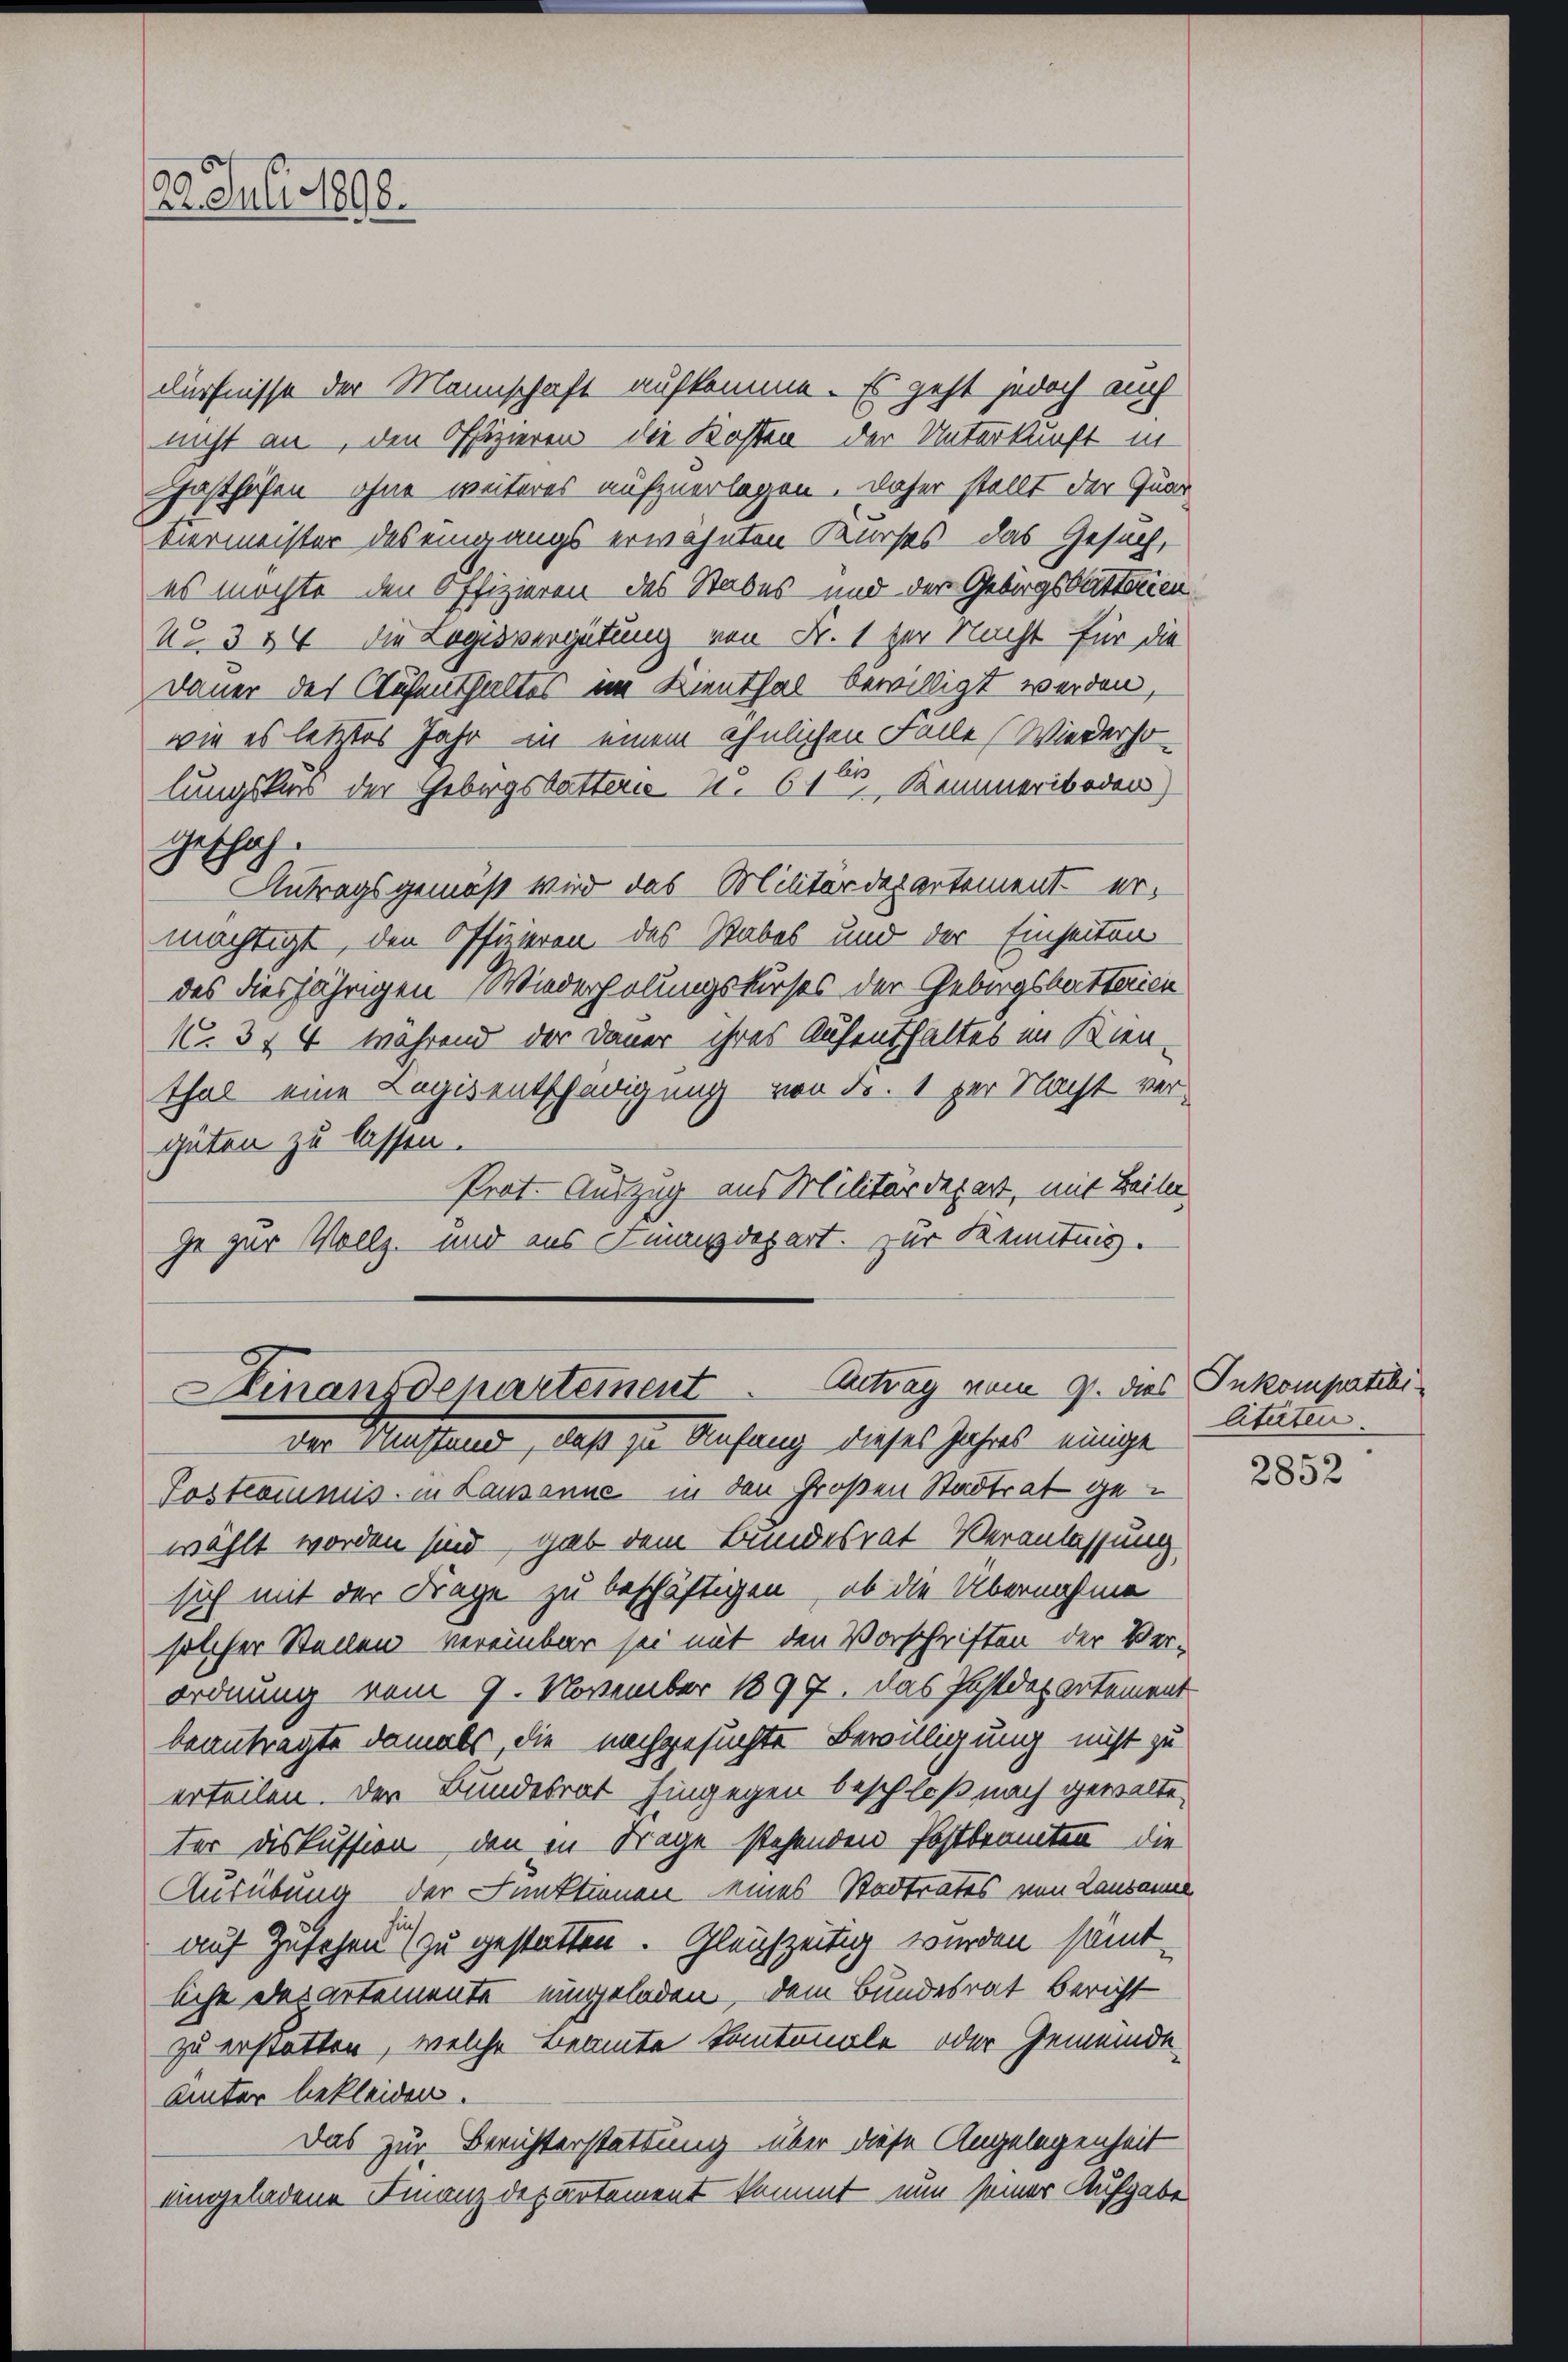
23. Juli 1898.

Finanzdepartement. Antrag vom 9. dies Inkompatili
der Umstand, daß zu Anfang dieses Jahres einige

dürfnisse der Mannschaft aufkomme. Es geht jedoch auch
nicht an, den Offizieren die Kosten der Unterkunft in
Gasthöfen ohne weiteres aufzuerlagen. Daher stellt der Quar
tiermeister des eingangs erwähnten Kurses das Gesuch,
es möchte den Offizieren des Stabes und der Gebirgsbitterien
No. 354 die Logisvergütung von Fr. 1 zur Nacht für die
Dauer der Aufenthaltes im Kienthal bewilligt werden,
wie es letztes Jahr in einem ähnlichen Falle (Wiederholungskurs der Gebirgstattern S. 615 Kammeriboden)
geschah.
Antragsgemäß wird das Militärdepartement ermächtigt, den Offizieren des Rabes und der Einseiten
des diesjährigen Wiederholungskurses der Gebirgsbattaien
No. 374 während der Dauer ihres Aufenthaltes im Kien-
thal eine Legis entschädigung von Fr. 1 per Nacht vergüten zu lassen.
Prot. Auszug aus Militärdepart, mit Beile
ge zur Vollz. und aus Finanzdepart. zur Kenntnis.

Postcommis in Lausanne in den Großen Stadtrat gewählt worden sind, gab dem Bundesrat Veranlassung
sich mit der Frage zu beschäftigen, ob die Übernahme
solcher Stellen vereinbar sei mit den Vorschriften der Verordnung vom 9. November 1897. Das Postdepartement
beantragte damals, die nachgesuchte Bewilligung nicht zu
erteilen. Der Bundesrat hingegen beschloß nach gewalte
ter Diskussion den in Frage stehenden Postbeamten die
Ausübung der Funktionen eines Stadtrates von Lausanne
auf Zusehen zu gestatten. Gleichzeitig wurden sämtliche des artemente eingeladen, dem Bundesrat Bericht
zu erstatten, welche Beamte kantonale oder Gemeinde
Unter bekleiden.
Das zur Berichterstattung über diese Angelegenheit
eingeladene Finanzdepartement kommt nun seiner Aufgabe

Citaten.

2852